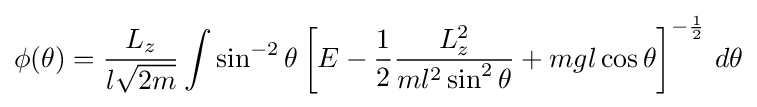
\phi (\theta )={\frac {L_{z}}{l{\sqrt {2m}}}}\int \sin ^{-2}\theta \left[E-{\frac {1}{2}}{\frac {L_{z}^{2}}{ml^{2}\sin ^{2}\theta }}+mgl\cos \theta \right]^{-{\frac {1}{2}}}\,d\theta